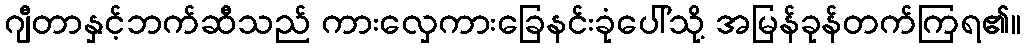
ဂျီတာနှင့်ဘက်ဆီသည် ကားလှေကားခြေနင်းခုံပေါ်သို့ အမြန်ခုန်တက်ကြရ၏။